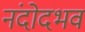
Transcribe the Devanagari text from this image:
नंदोदभव